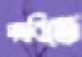
পদবিতে